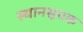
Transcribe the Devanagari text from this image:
स्थानसूचक